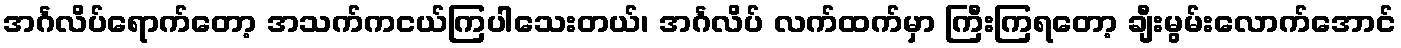
အင်္ဂလိပ်ရောက်တော့ အသက်ကငယ်ကြပါသေးတယ်၊ အင်္ဂလိပ် လက်ထက်မှာ ကြီးကြရတော့ ချီးမွမ်းလောက်အောင်